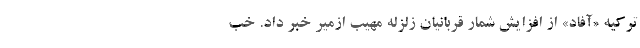
ترکیه «آفاد» از افزایش شمار قربانیان زلزله مهیب ازمیر خبر داد. خب